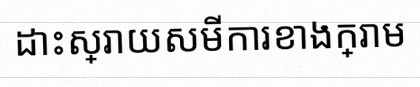
ដោះស្រាយសមីការខាងក្រោម